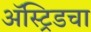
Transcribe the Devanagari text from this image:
ॲस्ट्रिडचा